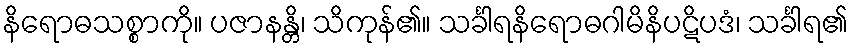
နိရောဓသစ္စာကို။ ပဇာနန္တိ၊ သိကုန်၏။ သင်္ခါရနိရောဓဂါမိနိပဋိပဒံ၊ သင်္ခါရ၏